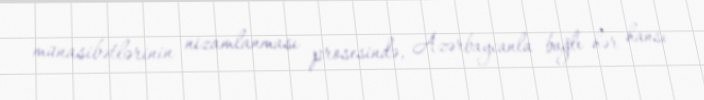
münasibətlərinin nizamlanması prosesində, Azərbaycanla bağlı hər hansı